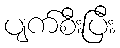
ပျက်စီးပြီး